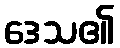
ဒေသ၏